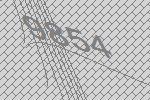
9854